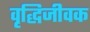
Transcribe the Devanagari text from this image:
वृद्धिजीवक